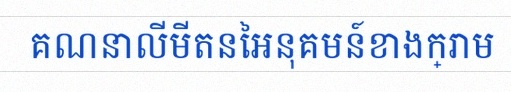
គណនាលីមីតនៃអនុគមន៍ខាងក្រោម